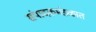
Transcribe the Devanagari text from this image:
संपादकमंडळात